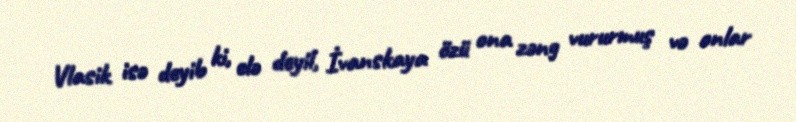
Vlasik isə deyib ki, elə deyil, İvanskaya özü ona zəng vururmuş və onlar